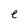
Character: e